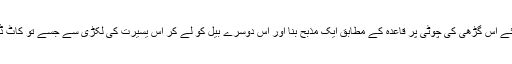
26اور خُداوند اپنے خُدا کے لِئے اِس گڑھی کی چوٹی پر قاعِدہ کے مُطابِق ایک مذبح بنا اور اُس دُوسرے بَیل کو لے کر اُس یسِیرت کی لکڑی سے جِسے تُو کاٹ ڈالے گا سوختنی قُربانی گُذران۔